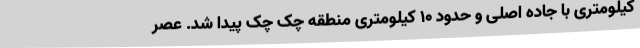
کیلومتری با جاده اصلی و حدود 10 کیلومتری منطقه چک چک پیدا شد. عصر